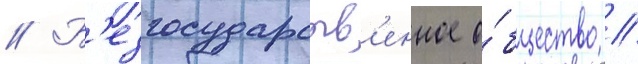
// Б'езгосударств'енное о́бщество //